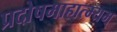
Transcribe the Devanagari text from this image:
प्रदोषमाहात्म्यम्